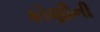
કોણીની